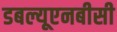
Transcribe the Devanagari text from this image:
डबल्यूएनबीसी